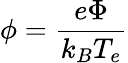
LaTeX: \phi=\frac{e\Phi}{k_{B}T_{e}}